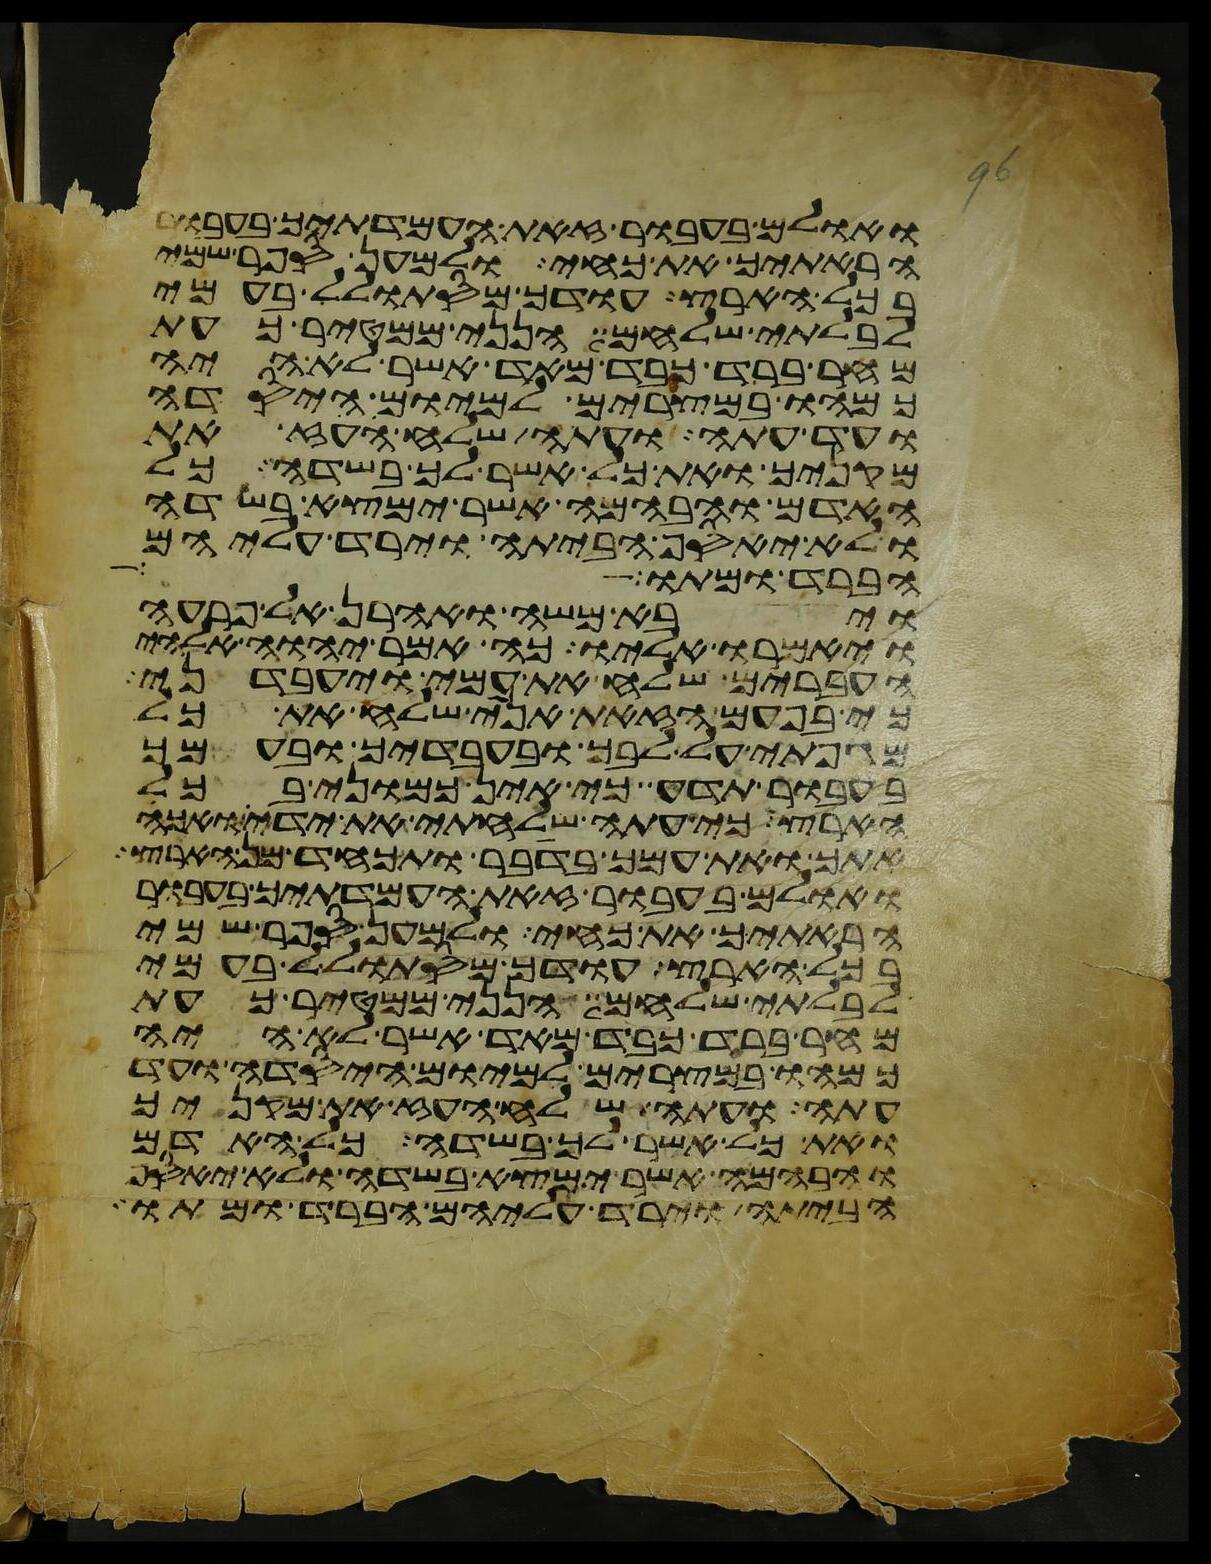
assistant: ואולם בעבור זאת העמדתיך בעבור
הראתיך את כחי ולמען ספר שמי
בכל הארץ עודך מסתולל בעמי
לבלתי שלחם הנני ממטיר כעת
מחר ברד כבד מאד אשר לא היה
כמהו במצרים למיום היסדה
ועד עתה ועתה שלח העז את
מקניך ואת כל אשר לך בשדה כל
האדם והבהמה אשר ימצא בשדה
ולא יאסף הביתה וירד עליהם
הברד ומתו
ויבא משה ואהרן אל פרעה
ויאמרו אליו כה אמר יהוה אלהי
העברים שלח את עמי ויעבדני
כי בפעם הזאת אני שלח את כל
מגפתי על לבך ובעבדיך ובעמך
בעבור תדע כי אין כמוני בכל
הארץ כי עתה שלחתי את ידי ואכה
אתך ואת עמך בדבר ותכחד מן הארץ
ואולם בעבור זאת העמדתיך בעבור
הראתיך את כחי ולמען ספר שמי
בכל הארץ עודך מסתולל בעמי
לבלתי שלחם הנני ממטיר כעת
מחר ברד כבד מאד אשר לא היה
כמהו במצרים למיום היסדה ועד
עתה ועתה שלח העז את מקניך
ואת כל אשר לך בשדה כל האדם
והבהמה אשר ימצא בשדה ולא יאסף
הביתה וירד עליהם הברד ומתו